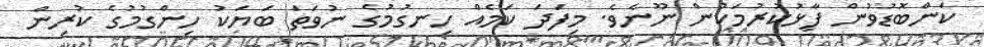
ކަންބޮޑުވުން ފާޅުކުރުމަކުން ނޫނެވެ. މިފަދަ ކަމެއް ހިނގުމުގެ ނުވަތަ ބަޔަކު ހިންގުމުގެ ކުރިން